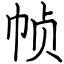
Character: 帧